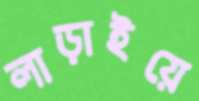
লাড়াইয়ে